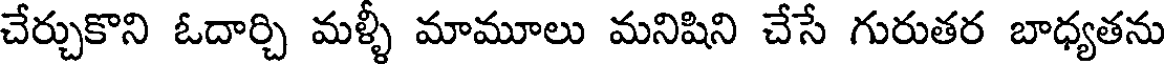
చేర్చుకొని ఓదార్చి మళ్ళీ మామూలు మనిషిని చేసే గురుతర బాధ్యతను